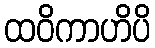
ထဝိကာဟိပိ